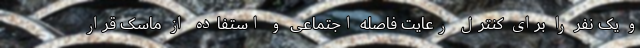
و یک نفر را برای کنترل رعایت فاصله اجتماعی و استفاده از ماسک قرار